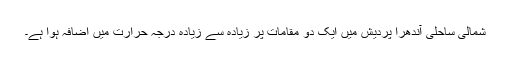
شمالی ساحلی آندھرا پردیش میں ایک دو مقامات پر زیادہ سے زیادہ درجہ حرارت میں اضافہ ہوا ہے۔